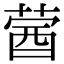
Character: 蒏